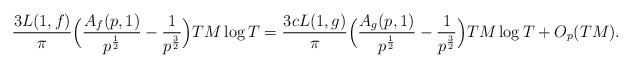
LaTeX: \begin{align*}\frac{3 L(1, f)}{\pi} \Bigl( \frac{A_f(p, 1)}{p^{\frac{1}{2}}} - \frac{1}{p^{\frac{3}{2}}} \Bigr) T M \log T = \frac{3 c L(1, g)}{\pi} \Bigl( \frac{A_g(p, 1)}{p^{\frac{1}{2}}} - \frac{1}{p^{\frac{3}{2}}} \Bigr) T M \log T + O_p(T M).\end{align*}